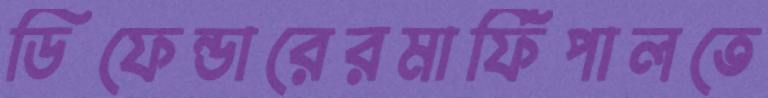
ডিফেন্ডারেরমার্ফিপালতে